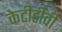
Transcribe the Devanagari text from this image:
केटीटीवी